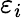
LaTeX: \varepsilon_{i}